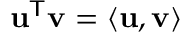
\mathbf { u } ^ { \mathsf { T } } \mathbf { v } = \langle \mathbf { u } , \mathbf { v } \rangle